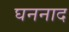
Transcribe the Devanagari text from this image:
घननाद